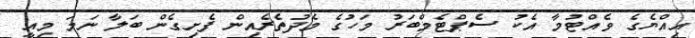
އިއްޔެގެ ވެއްޓުމާ އެކު ސެޕްޓެމްބަރު މަހުގެ މެދުތެރެއިން ފެށިގެން ބަލާ ނަމަ މިއީ